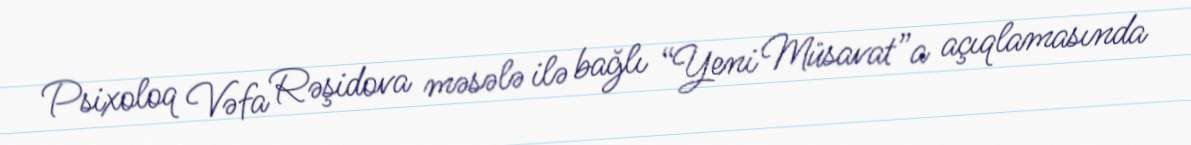
Psixoloq Vəfa Rəşidova məsələ ilə bağlı “Yeni Müsavat”a açıqlamasında